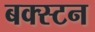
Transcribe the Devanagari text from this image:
बक्स्टन